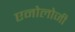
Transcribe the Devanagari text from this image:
एनोलोजी